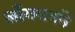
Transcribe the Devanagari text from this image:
लाँगमनने